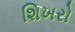
શિખરો